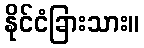
နိုင်ငံခြားသား။